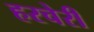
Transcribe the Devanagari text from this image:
हरचेरी